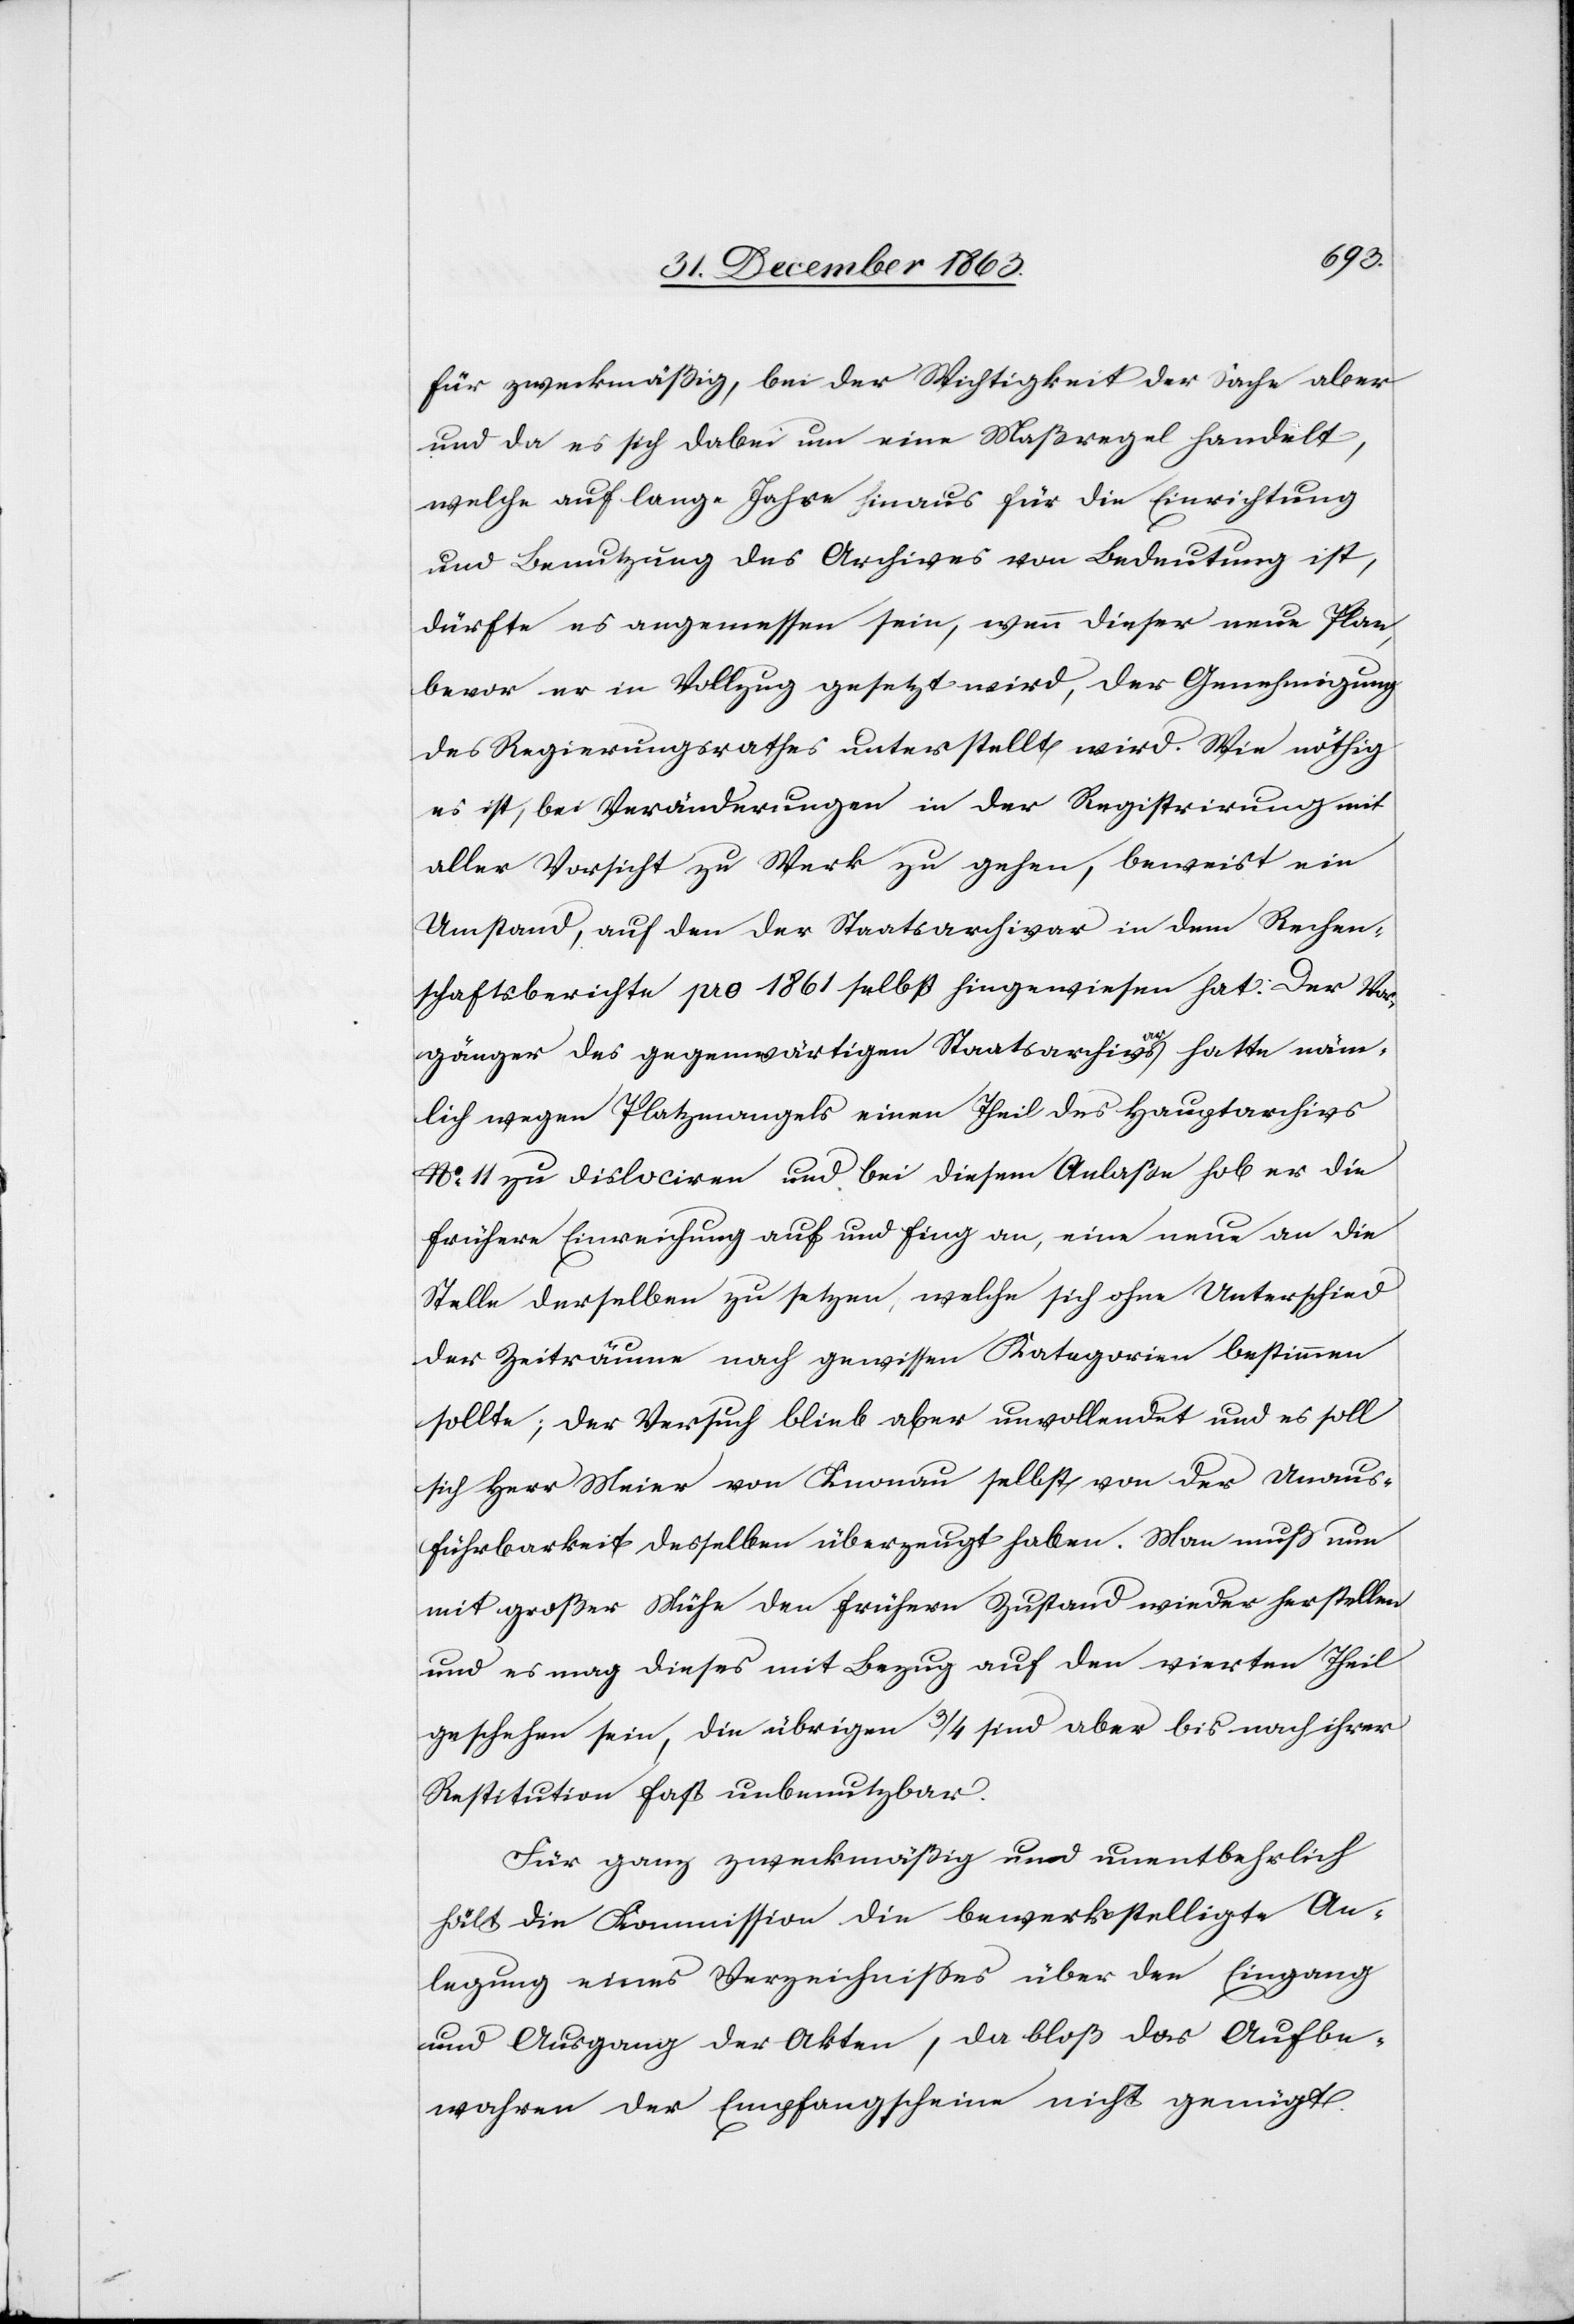
für zweckmäßig, bei der Wichtigkeit der Sache aber
und da es sich dabei um eine Maßregel handelt,
welche auf lange Jahre hinaus für die Einrichtung
und Benutzung des Archives von Bedeutung ist,
dürfte es angemessen sein, wenn dieser neuen Plan,
bevor er in Vollzug gesetzt wird, der Genehmigung
des Regierungsrathes unterstellt wird. Wie nöthig
es ist, bei Veränderungen in der Registrirung mit
aller Vorsicht zu Werk zu gehen, beweist ein
Umstand, auf den der Staatsarchivar in dem Rechen¬
schaftsberichte pro 1861 selbst hingewiesen hat: Der Vor¬
gänger des gegenwärtigen Staatsarchives hatte näm¬
lich wegen Platzmangels einen Theil des Hauptarchivs
No 11 zu dislociren und bei diesem Anlaße hob er die
[recte: Einreihung] auf und fing an, eine neue an die
Stelle derselben zu setzen, welche sich ohne Unterschied
der Zeiträume nach gewissen Kategorien bestimmen
sollte; der Versuch blieb aber unvollendet und es soll
sich Herr Meier von Knonau selbst von der Unaus¬
führbarkeit desselben überzeugt haben. Man muß nun
mit großer Mühe den frühern Zustand wieder herstellen
und es mag dieses mit Bezug auf den vierten Theil
geschehen sein, die übrigen 3/4 sind aber bis nach ihrer
Restitution fast unbenutzbar.
Für ganz zweckmäßig und unentbehrlich
hält die Kommission die bewerkstelligte An¬
legung eines Verzeichnisses über den Eingang
und Ausgang der Akten, da bloß das Aufbe¬
wahren der Empfangscheine nicht genügt.